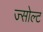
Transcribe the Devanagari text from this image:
ज्सोल्ट